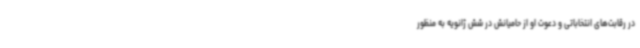
در رقابت‌های انتخاباتی و دعوت او از حامیانش در شش ژانویه به منظور